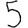
Digit: 5